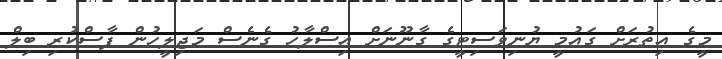
މީގެ އިތުރަށް ގައުމީ ޔުނިވަސިޓީގެ ގާނޫނަށް އިސްލާހު ގެނެސް މަޖިލީހުން ފާސްކުރި ބިލް